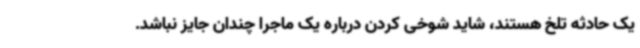
یک حادثه تلخ هستند، شاید شوخی کردن درباره یک ماجرا چندان جایز نباشد.